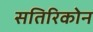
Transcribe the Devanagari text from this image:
सतिरिकोन